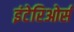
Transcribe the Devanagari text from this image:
इंटेरिओर्स